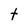
Character: t